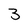
Character: 3